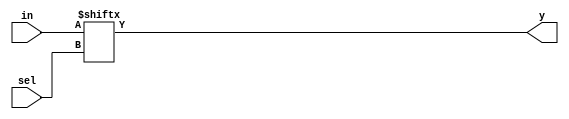
module mux_generate ( input [3:0] in, input [1:0] sel, output y);
	assign y = in[sel];
endmodule